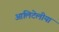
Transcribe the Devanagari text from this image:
आलिटेलीया